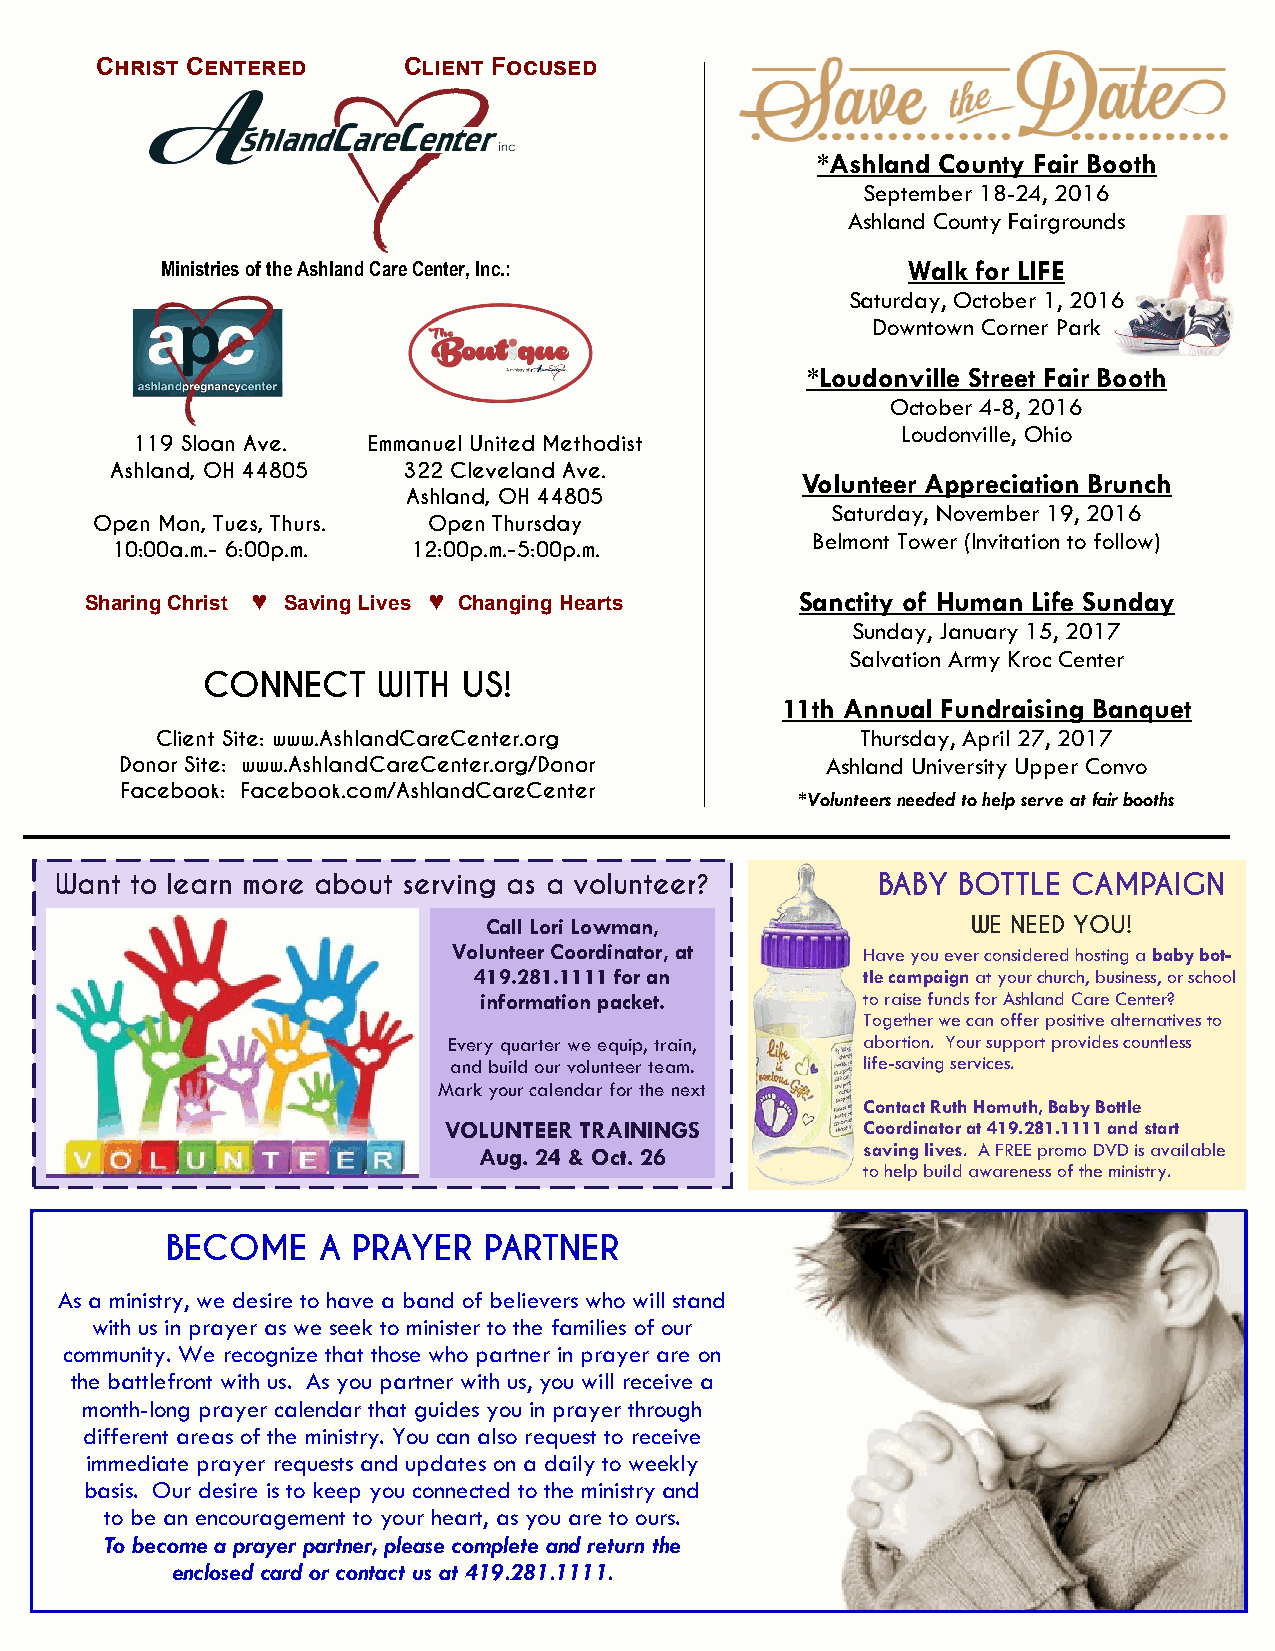
Christ Centered      Client Focused
 *Ashland County Fair Booth
 September 18-24, 2016
 Ashland County Fairgrounds
 Ministries of the Ashland Care Center, Inc.:     Walk for LIFE
 Saturday, October 1, 2016
 Downtown Corner Park
 *Loudonville Street Fair Booth
 October 4-8, 2016
 Loudonville, Ohio
 119 Sloan Ave. Emmanuel United Methodist
 Ashland, OH 44805   322 Cleveland Ave.
 Volunteer Appreciation Brunch
 Ashland, OH 44805
 Saturday, November 19, 2016
 Open Mon, Tues, Thurs. Open Thursday
 Belmont Tower (Invitation to follow)
 10:00a.m.- 6:00p.m. 12:00p.m.-5:00p.m.
 Sharing Christ ♥ Saving Lives ♥ Changing Hearts Sanctity of Human Life Sunday
 Sunday, January 15, 2017
 Salvation Army Kroc Center
 CONNECT     WITH  US!
 11th Annual Fundraising Banquet
 Client Site: www.AshlandCareCenter.org         Thursday, April 27, 2017
 Donor Site: www.AshlandCareCenter.org/Donor    Ashland University Upper Convo
 Facebook: Facebook.com/AshlandCareCenter
 *Volunteers needed to help serve at fair booths
 Want to learn more about serving as a volunteer?      BABY  BOTTLE CAMPAIGN
 Call Lori Lowman,               WE NEED YOU!
 Volunteer Coordinator, at  Have you ever considered hosting a baby bot-
 419.281.1111 for an       tle campaign at your church, business, or school
 information packet.      to raise funds for Ashland Care Center?
 Together we can offer positive alternatives to
 Every quarter we equip, train, abortion. Your support provides countless
 and build our volunteer team. life-saving services.
 Mark your calendar for the next
 Contact Ruth Homuth, Baby Bottle
 VOLUNTEER TRAININGS         Coordinator at 419.281.1111 and start
 Aug. 24 & Oct. 26        saving lives. A FREE promo DVD is available
 to help build awareness of the ministry.
 BECOME    A PRAYER   PARTNER
 As a ministry, we desire to have a band of believers who will stand
 with us in prayer as we seek to minister to the families of our
 community. We recognize that those who partner in prayer are on
 the battlefront with us. As you partner with us, you will receive a
 month-long prayer calendar that guides you in prayer through
 different areas of the ministry. You can also request to receive
 immediate prayer requests and updates on a daily to weekly
 basis. Our desire is to keep you connected to the ministry and
 to be an encouragement to your heart, as you are to ours.
 To become a prayer partner, please complete and return the
 enclosed card or contact us at 419.281.1111.